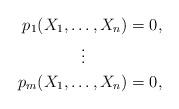
LaTeX: \begin{align*} p_1(X_1, \dots, X_n) &= 0\rlap{,} \\ \vdots\quad\quad\;\; \\ p_m(X_1, \dots, X_n) &= 0\rlap{,}\end{align*}